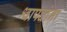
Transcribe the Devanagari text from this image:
श्वापदांना